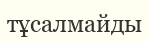
тұсалмайды